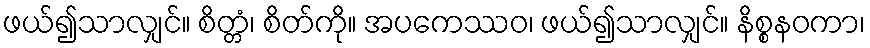
ဖယ်၍သာလျှင်။ စိတ္တံ၊ စိတ်ကို။ အပကေဿဝ၊ ဖယ်၍သာလျှင်။ နိစ္စနဝကာ၊